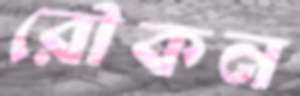
রৌকন